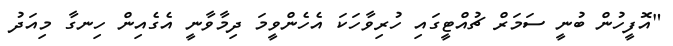
"އޮފީހުން ބުނީ ސަމަރް ޗުއްޓީގައި ހުރިވާހަކަ އެހެންވީމަ ދިމާވާނީ އެގެއިން ހިނގާ މިއަދު